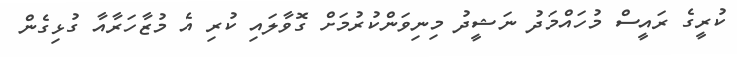
ކުރީގެ ރައީސް މުހައްމަދު ނަޝީދު މިނިވަންކުރުމަށް ގޮވާލައި ކުރި އެ މުޒާހަރާއާ ގުޅިގެން